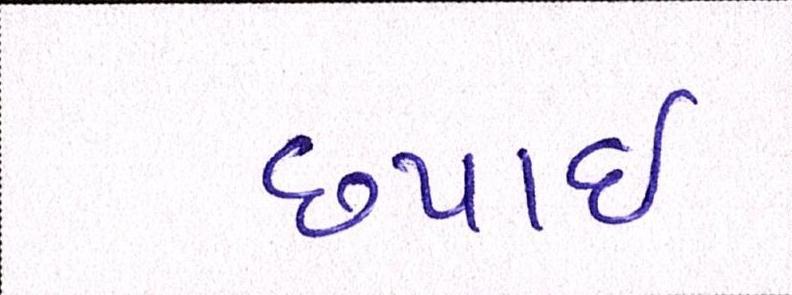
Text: છપાઈ